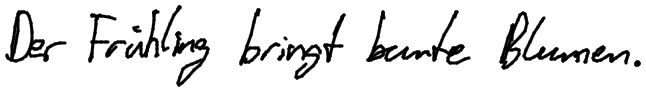
Der Frühling bringt bunte Blumen.